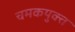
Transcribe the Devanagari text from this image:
चमकयुक्त